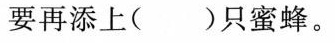
要再添上( )只蜜蜂。